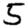
Digit: 5